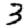
Digit: 3